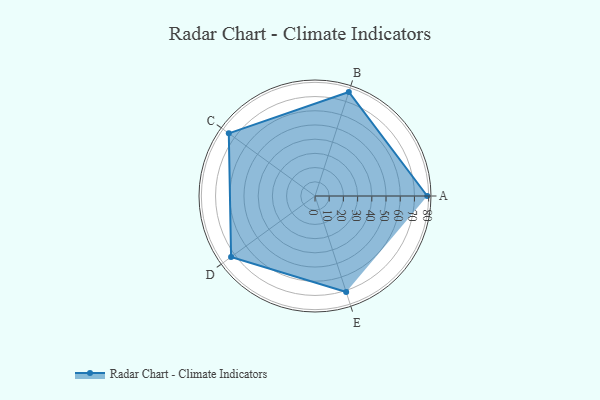
{"axis": {"x": "Skill", "y": "Score"}, "legend": ["Profile"], "data": [{"x": "A", "y": 79.0, "type": "Profile"}, {"x": "B", "y": 77.0, "type": "Profile"}, {"x": "C", "y": 75.0, "type": "Profile"}, {"x": "D", "y": 73.0, "type": "Profile"}, {"x": "E", "y": 71.0, "type": "Profile"}]}